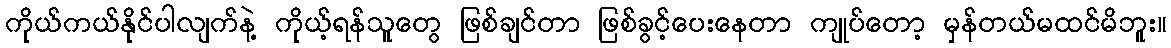
ကိုယ်ကယ်နိုင်ပါလျက်နဲ့ ကိုယ့်ရန်သူတွေ ဖြစ်ချင်တာ ဖြစ်ခွင့်ပေးနေတာ ကျုပ်တော့ မှန်တယ်မထင်မိဘူး။